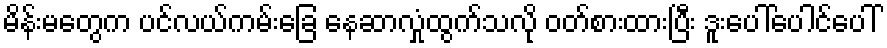
မိန်းမတွေက ပင်လယ်ကမ်းခြေ နေဆာလှုံထွက်သလို ဝတ်စားထားပြီး ဒူးပေါ်ပေါင်ပေါ်